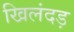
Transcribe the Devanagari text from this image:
खिलंदड़